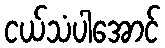
ငယ်သံပါအောင်